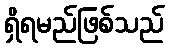
ရှိရမည်ဖြစ်သည်